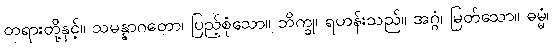
တရားတို့နှင့်။ သမန္နာဂတော၊ ပြည့်စုံသော။ ဘိက္ခု၊ ရဟန်းသည်။ အဂ္ဂံ၊ မြတ်သော။ ဓမ္မံ၊